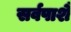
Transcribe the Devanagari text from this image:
सर्वपाशै